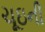
ચૂઇની